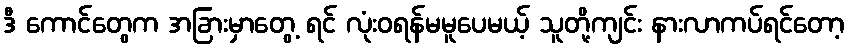
ဒီ ကောင်တွေက အခြားမှာတွေ့ ရင် လုံးဝရန်မမူပေမယ့် သူတို့ကျင်း နားလာကပ်ရင်တော့